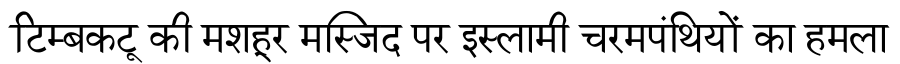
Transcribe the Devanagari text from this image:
टिम्बकटू की मशहूर मस्जिद पर इस्लामी चरमपंथियों का हमला